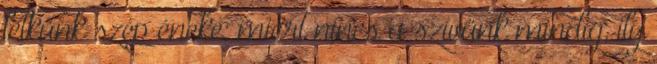
lelkünk szép éneke; miért nincs a szívünk mindig, ily